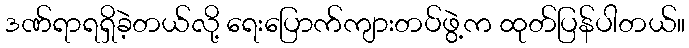
ဒဏ်ရာရရှိခဲ့တယ်လို့ ရေးပြောက်ကျားတပ်ဖွဲ့က ထုတ်ပြန်ပါတယ်။